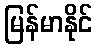
မြန်မာနိုင်